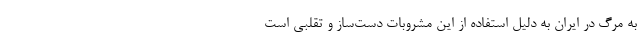
به مرگ در ایران به دلیل استفاده از این مشروبات دست‌ساز و تقلبی است